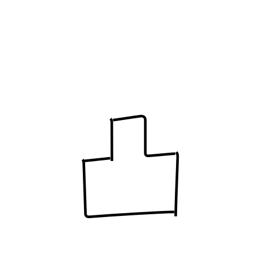
Meaning: convex